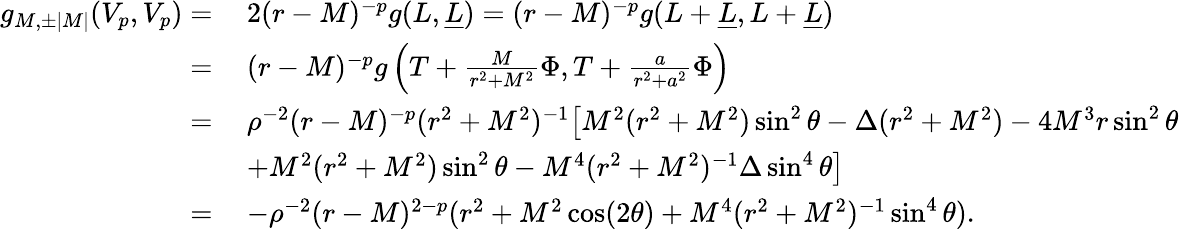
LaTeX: \begin{array}{rl}{g_{M,\pm|M|}(V_{p},V_{p})=}&{\: 2(r-M)^{-p}g(L,\underline{{L}})=(r-M)^{-p}g(L+\underline{{L}},L+\underline{{L}})}\\ {=}&{\: (r-M)^{-p}g\left(T+\frac{M}{r^{2}+M^{2}}\Phi,T+\frac{a}{r^{2}+a^{2}}\Phi\right)}\\ {=}&{\: \rho^{-2}(r-M)^{-p}(r^{2}+M^{2})^{-1}\big[M^{2}(r^{2}+M^{2})\sin^{2}\theta-\Delta(r^{2}+M^{2})-4M^{3}r\sin^{2}\theta}\\ &{\: +M^{2}(r^{2}+M^{2})\sin^{2}\theta-M^{4}(r^{2}+M^{2})^{-1}\Delta\sin^{4}\theta\big]}\\ {=}&{\: -\rho^{-2}(r-M)^{2-p}(r^{2}+M^{2}\cos(2\theta)+M^{4}(r^{2}+M^{2})^{-1}\sin^{4}\theta).}\end{array}